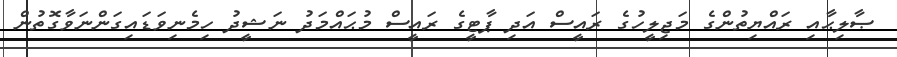
ޞާލިޙާއި ރައްޔިތުންގެ މަޖިލީހުގެ ރައީސް އަދި ޕާޓީގެ ރައީސް މުޙައްމަދު ނަޝީދު ހިމެނިވަޑައިގަންނަވާގޮތުން